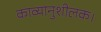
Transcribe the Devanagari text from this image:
काव्यानुशीलक।